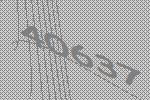
40637